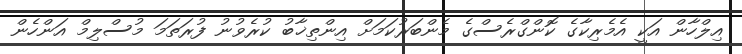
އިލްހާން އަކީ އެމެރިކާގެ ކޮންގްރެސްގެ މެންބަރުކަމަށް އިންތިޚާބު ކުރެވުނު ފުރަތަމަ މުސްލިމް އަންހެން